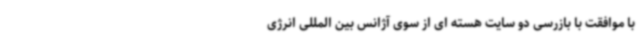
با موافقت با بازرسی دو سایت هسته ای از سوی آژانس بین المللی انرژی